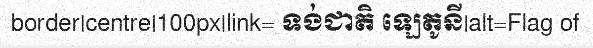
border|centre|100px|link= ទង់ជាតិ ឡេតូនី|alt=Flag of